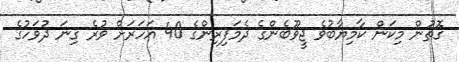
ގޮތުން މިކަން ކާމިޔާބުވެ ޖީވޫބެންގެ ދެމަފިރިންގެ 40 އަހަރަށް ވުރެ ގިނަ ދުވަހުގެ